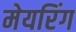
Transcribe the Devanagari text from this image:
मेयरिंग